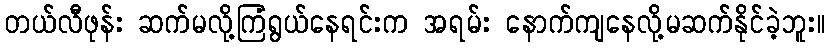
တယ်လီဖုန်း ဆက်မလို့ကြံရွယ်နေရင်းက အရမ်း နောက်ကျနေလို့မဆက်နိုင်ခဲ့ဘူး။